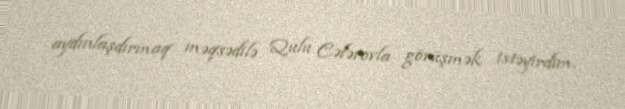
aydınlaşdırmaq məqsədilə Qulu Cəfərovla görüşmək istəyirdim.